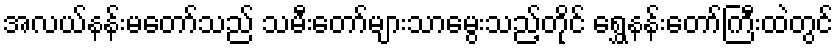
အလယ်နန်းမတော်သည် သမီးတော်များသာမွေးသည့်တိုင် ရွှေနန်းတော်ကြီးထဲတွင်